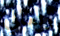
وتعالي